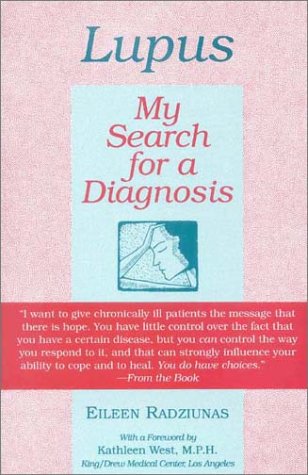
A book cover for Lupus: My Search for a Diagnosis; Radziunas; Health, Fitness & Dieting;